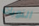
النوبات